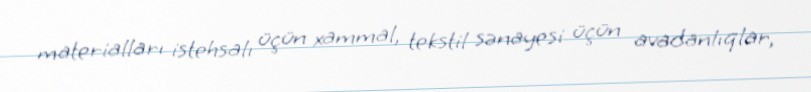
materialları istehsalı üçün xammal, tekstil sənayesi üçün avadanlıqlar,